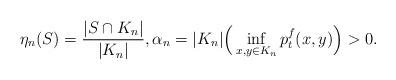
LaTeX: \begin{align*} \eta_n(S) = \frac{|S\cap K_n|}{|K_n|},\alpha_n = |K_n|\Big( \inf_{x,y\in K_n} p_t^f(x,y)\Big) >0. \end{align*}